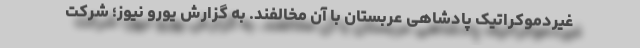
غیردموکراتیک پادشاهی عربستان با آن مخالفند. به گزارش یورو نیوز؛ شرکت